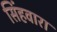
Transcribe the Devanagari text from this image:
सिंहवारा